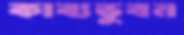
কাব্যভুবন